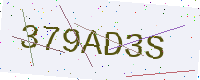
Text: 379AD3S